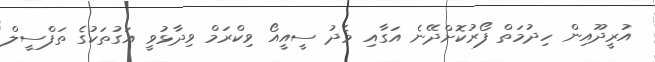
އުރީދޫއިން ހިދުމަތް ފޯރުކޮށްދޭނެ އަގާއި މެދު ސީއީއޯ ވިކްރަމް ވިދާޅުވީ އަގުތަކުގެ ތަފްސީލް